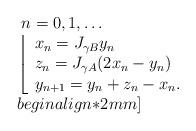
LaTeX: \begin{align*}\begin{array}{l}\;n=0,1,\ldots\\\left\lfloor\begin{array}{l}x_n=J_{\gamma B}y_n\\z_n=J_{\gamma A}(2x_n-y_n)\\y_{n+1}=y_n+z_n-x_n.\end{array}\right.\\begin{align*}2mm]\end{array}\end{align*}